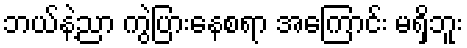
ဘယ်နဲ့ညာ ကွဲပြားနေစရာ အကြောင်း မရှိဘူး